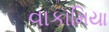
વાકામિયા